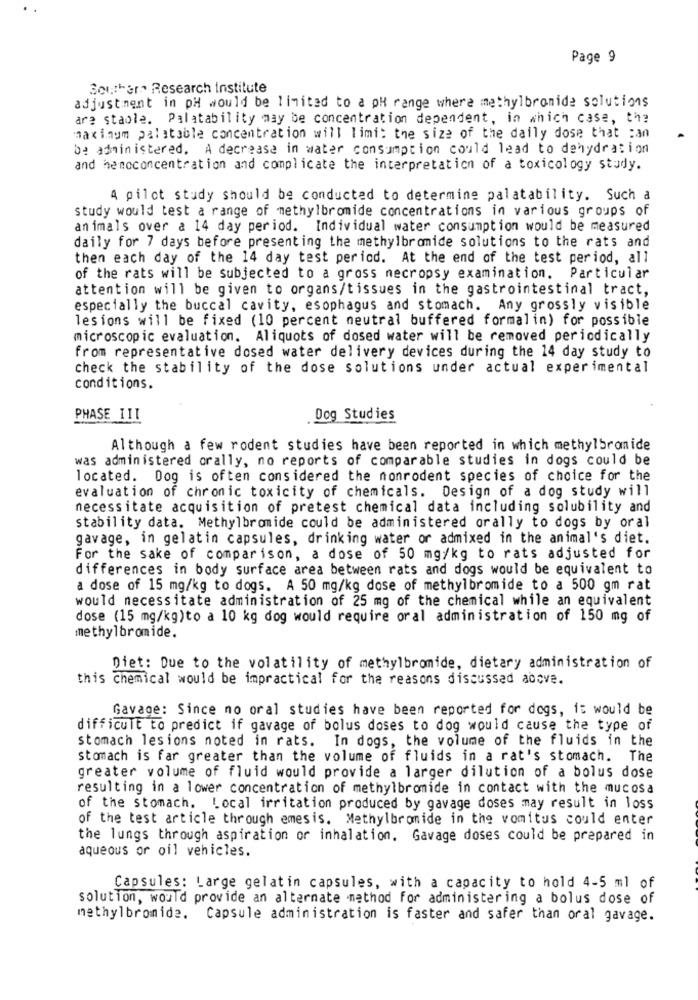
Page 9
Southern Research Institute
adjustment in pH would be limited to a pH range where methylbromide solutions
are stable. Palatability may be concentration dependent, in which case, the
maximum palatable concentration will limi: the size of the daily dose that :an
be administered. A decrease in water consumption could lead to dehydration
and hemoconcentration and complicate the interpretation of a toxicology study.
4 pilot study should be conducted to determine palatability. Such a
study would test a range of methylbromide concentrations in various groups of
animals over a 14 day period. Individual water consumption would be measured
daily for 7 days before present ing the methylbromide solutions to the rats and
then each day of the 14 day test period. At the end of the test period, all
of the rats will be subjected to a gross necropsy examination. Particular
attention will be given to organs/tissues in the gastrointestinal tract,
especially the buccal cavity, esophagus and stomach. Any grossly visible
lesions will be fixed (10 percent neutral buffered formalin) for possible
microscopic evaluation. Aliquots of dosed water will be removed periodically
from representative dosed water delivery devices during the 14 day study to
check the stability of the dose solutions under actual experimental
conditions.
PHASE III
Dog Studies
Although a few rodent studies have been reported in which methylbromide
was administered orally, no reports of comparable studies in dogs could be
located. Dog is often considered the monrodent species of choice for the
evaluation of chronic toxicity of chemicals. Design of a dog study will
necessitate acquisition of pretest chemical data including solubility and
stability data. Methylbromide could be administered orally to dogs by oral
gavage, in gelatin capsules, drinking water or admixed in the animal's diet.
For the sake of comparison, a dose of 50 mg/kg to rats adjusted for
differences in body surface area between rats and dogs would be equivalent to
a dose of 15 mg/kg to dogs. A 50 mg/kg dose of methylbromide to a 500 gm rat
would necessitate administration of 25 mg of the chemical while an equivalent
dose (15 mg/kg)to a 10 kg dog would require oral administration of 150 mg of
methylbromide.
Diet: Due to the volatility of methylbromide, dietary administration of
this chemical would be impractical for the reasons discussed above.
Gavage: Since no oral studies have been reported for dogs, it would be
difficult to predict if gavage of bolus doses to dog would cause the type of
stomach lesions noted in rats. In dogs, the volume of the fluids in the
stomach is far greater than the volume of fluids in a rat's stomach. The
greater volume of fluid would provide a larger dilution of a bolus dose
resulting in a lower concentration of methylbromide in contact with the mucosa
of the stomach. Local irritation produced by gavage doses may result in loss
of the test article through emesis. Methylbromide in the vomitus could enter
the lungs through aspiration or inhalation. Gavage doses could be prepared in
aqueous or oil vehicles.
Capsules: Large gelatin capsules, with a capacity to hold 4-5 ml of
solution, would provide an alternate method for administering a bolus dose of
methylbromide. Capsule administration is faster and safer than oral gavage.